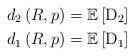
LaTeX: \begin{align*}d_2\left(R,p\right)&=\mathbb{E}\left[\mathrm{D}_2\right]\\d_1\left(R,p\right)&=\mathbb{E} \left[\mathrm{D}_1\right]\end{align*}